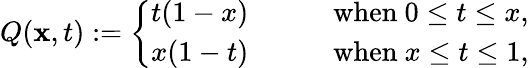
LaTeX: Q(\mathbf{x},t):=\left\{ \begin{array}{ll}{{t(1-x)}}&{{\qquad\mathrm{when~}0\le t\le x,}}\\ {{x(1-t)}}&{{\qquad\mathrm{when~}x\le t\le 1,}}\end{array}\right.